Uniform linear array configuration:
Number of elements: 48
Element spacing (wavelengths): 0.5
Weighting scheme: hann
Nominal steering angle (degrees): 15
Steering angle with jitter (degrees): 15.243
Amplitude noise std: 0.05
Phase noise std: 0.05

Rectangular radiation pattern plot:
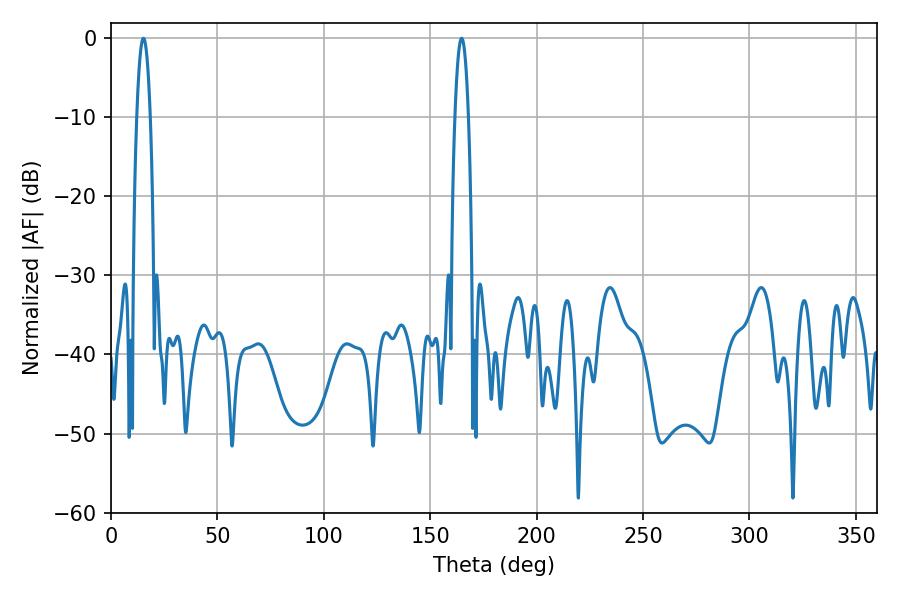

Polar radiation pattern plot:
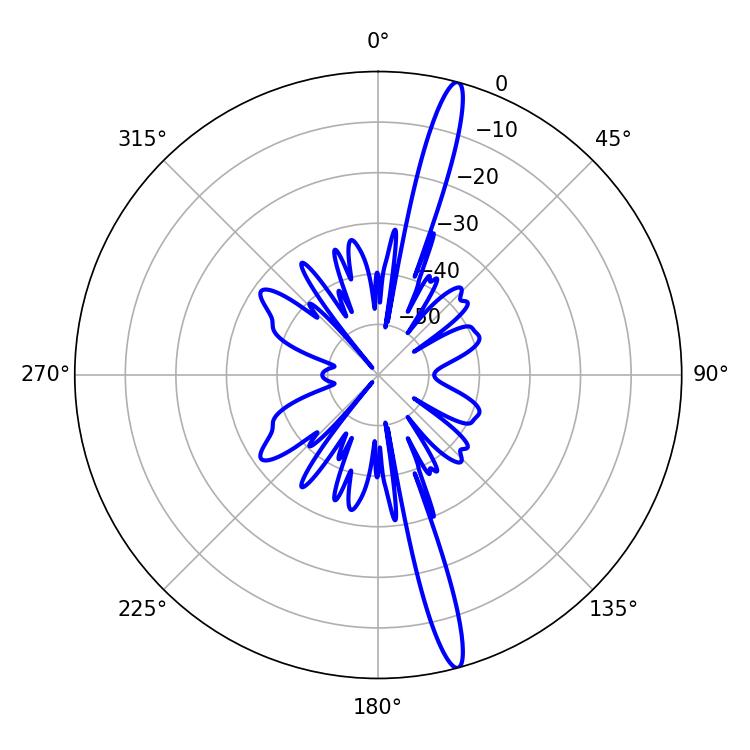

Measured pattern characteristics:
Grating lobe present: FALSE
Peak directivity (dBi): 17.595
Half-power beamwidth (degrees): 3.42
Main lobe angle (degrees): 164.7